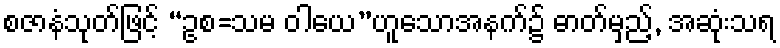
စဇာနံသုတ်ဖြင့် “ဥစ=သမ ဝါယေ”ဟူသောအနက်၌ ဓာတ်မှည့်, အဆုံးသရ